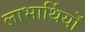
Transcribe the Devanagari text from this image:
लाभार्थियों